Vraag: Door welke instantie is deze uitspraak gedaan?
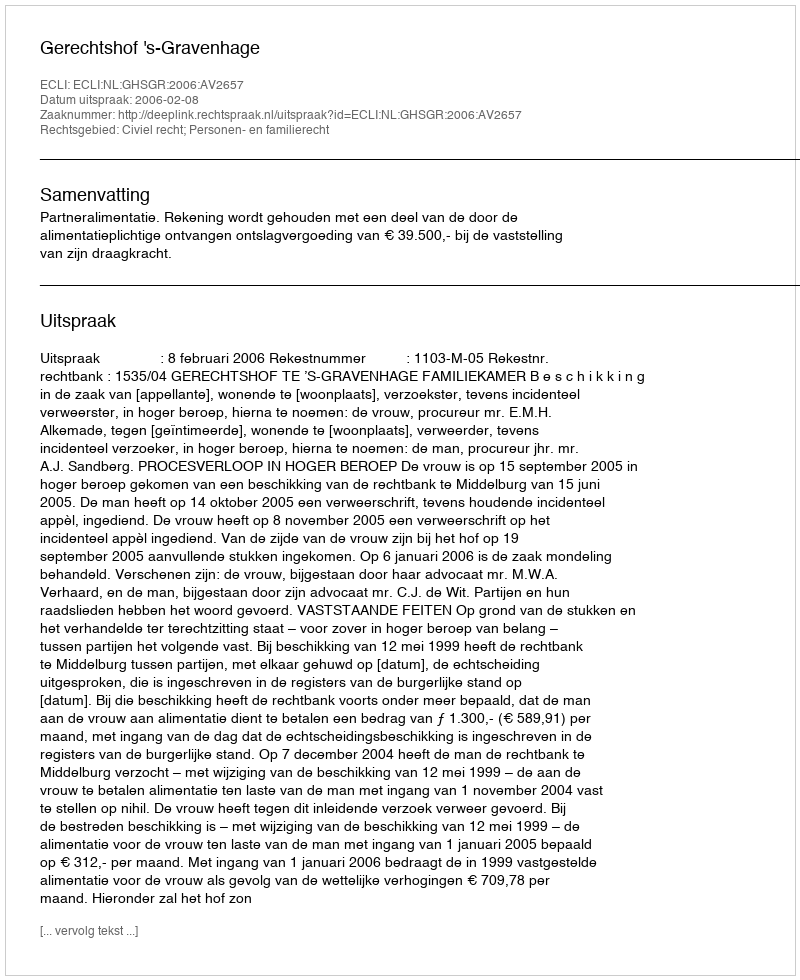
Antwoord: Gerechtshof 's-Gravenhage